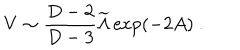
V \sim { \frac { D - 2 } { D - 3 } } { \widetilde { \Lambda } } \exp ( - 2 A ) ~ .